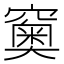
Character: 𥨩